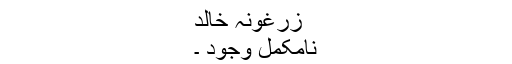
زرغونہ خالد
نامکمل وجود ۔